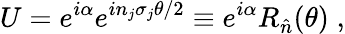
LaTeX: U=e^{i\alpha}e^{in_{j}\sigma_{j}\theta/2}\equiv e^{i\alpha}R_{\hat{n}}(\theta)\; ,